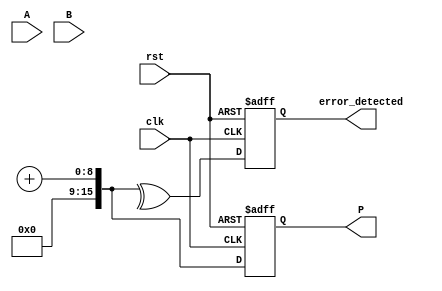
module FaultTolerantWallaceTreeMultiplier #(parameter N = 8) (
    input  wire [N-1:0] A,
    input  wire [N-1:0] B,
    input  wire clk,
    input  wire rst,
    output reg [2*N-1:0] P,
    output reg error_detected
);

// Generate partial products
wire [N-1:0] pp [0:N-1]; // Partial products
genvar i, j;
generate
    for (i = 0; i < N; i = i + 1) begin : gen_partial_products
        for (j = 0; j < N; j = j + 1) begin : gen_pp
            assign pp[i][j] = A[i] & B[j];
        end
    end
endgenerate

// Wallace Tree Reduction
wire [N-1:0] sum [0:N-1]; // Sums at each level
wire [N-1:0] carry [0:N-1]; // Carries at each level

// Level 1: Combine partial products using Carry-Save Adders (CSAs)
generate
    for (i = 0; i < N-1; i = i + 1) begin : level1
        assign {carry[i], sum[i]} = pp[i] + pp[i+1] + pp[i+2]; // Simplified CSA
    end
endgenerate

// Final addition using a simple adder (could be a carry-lookahead or carry-select adder)
wire [2*N-1:0] final_sum;
wire [2*N-1:0] final_carry;

assign {final_carry, final_sum} = {1'b0, sum[N-1]} + {1'b0, carry[N-1]};

// Error Detection
always @(posedge clk or posedge rst) begin
    if (rst) begin
        P <= 0;
        error_detected <= 0;
    end else begin
        // Simple error detection logic (parity check)
        error_detected <= ^final_sum ^ ^final_carry; // Example: parity check
        P <= final_sum; // Assign the product
    end
end

endmodule